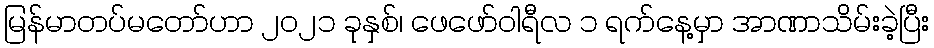
မြန်မာတပ်မတော်ဟာ ၂၀၂၁ ခုနှစ်၊ ဖေဖော်ဝါရီလ ၁ ရက်နေ့မှာ အာဏာသိမ်းခဲ့ပြီး